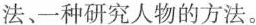
法、一种研究人物的方法。